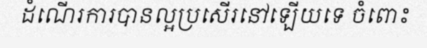
ដំណើរការបានល្អប្រសើរនៅឡើយទេ ចំពោះ